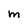
Character: M